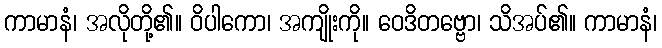
ကာမာနံ၊ အလိုတို့၏။ ဝိပါကော၊ အကျိုးကို။ ဝေဒိတဗ္ဗော၊ သိအပ်၏။ ကာမာနံ၊